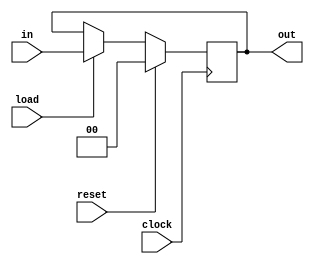
module Reg (
    input clock, reset, load,
    input [1:0] in,
    output [1:0] out
);
    reg [1:0] register;
    always @(posedge clock) begin
        if(reset)
            register = 0;
        else if(load)
            register = in;
        else
            register = register;
        
    end

    assign out = register;


endmodule